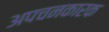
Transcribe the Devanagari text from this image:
अपचनकारक